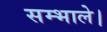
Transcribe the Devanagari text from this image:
सम्भाले।